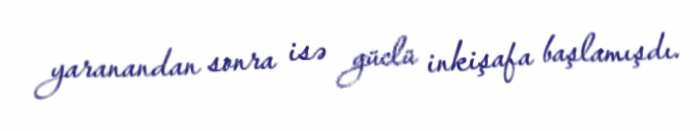
yaranandan sonra isə güclü inkişafa başlamışdı.